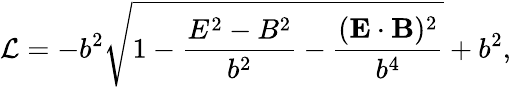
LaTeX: {\mathcal{L}}=-b^{2}{\sqrt{1-{\frac{E^{2}-B^{2}}{b^{2}}}-{\frac{(\mathbf{E}\cdot\mathbf{B})^{2}}{b^{4}}}}}+b^{2},